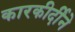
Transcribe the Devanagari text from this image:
कारकीर्दीने